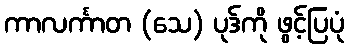
ကာလင်္ကာတ (သေ) ပုဒ်ကို ဖွင့်ပြပုံ